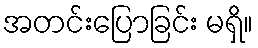
အတင်းပြောခြင်း မရှိ။